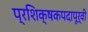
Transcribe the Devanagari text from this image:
प्रशिक्षकपदापूर्वी